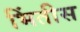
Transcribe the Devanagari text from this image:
भिंतीस